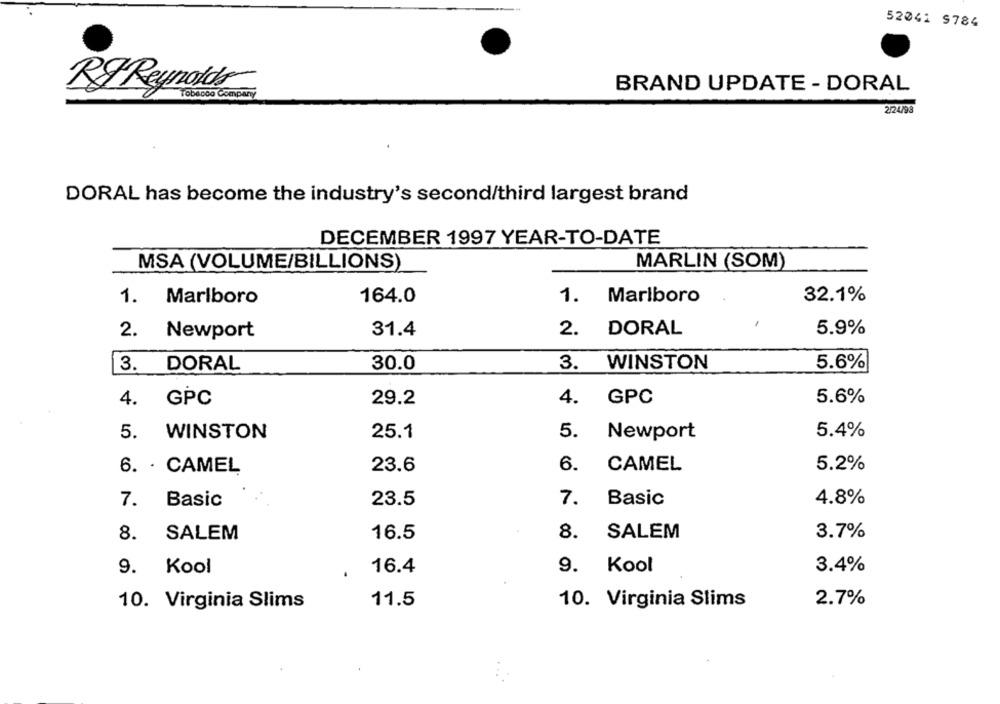
52041 9784
BRAND UPDATE - DORAL
RJ Reynolds
2/24/93
DORAL has become the industry's second/third largest brand
DECEMBER 1997 YEAR-TO-DATE
MSA (VOLUME/BILLIONS)
MARLIN (SOM)
1. Marlboro
164.0
1. Marlboro
32.1%
1
DORAL
5.9%
2.
Newport
31.4
2.
30.0
3. WINSTON
5.6%
3. DORAL
4. GPC
29.2
4. GPC
5.6%
5. WINSTON
25.1
5.
Newport
5.4%
6. · CAMEL
23.6
6.
CAMEL
5.2%
7. Basic
23.5
7.
Basic
4.8%
SALEM
8.
SALEM
16.5
8.
3.7%
9. Kool
16.4
9.
Kool
3.4%
10. Virginia Slims
11.5
10. Virginia Slims
2.7%